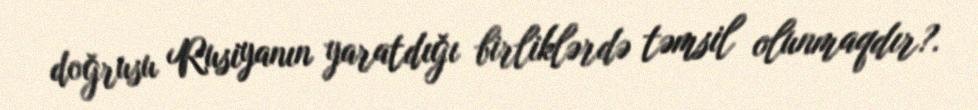
doğrusu Rusiyanın yaratdığı birliklərdə təmsil olunmaqdır?.